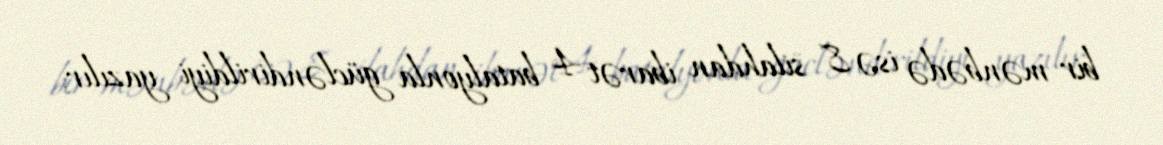
bir mənbədə isə 8 silahdan ibarət 4 batalyonla gücləndirildiyi yazılır.